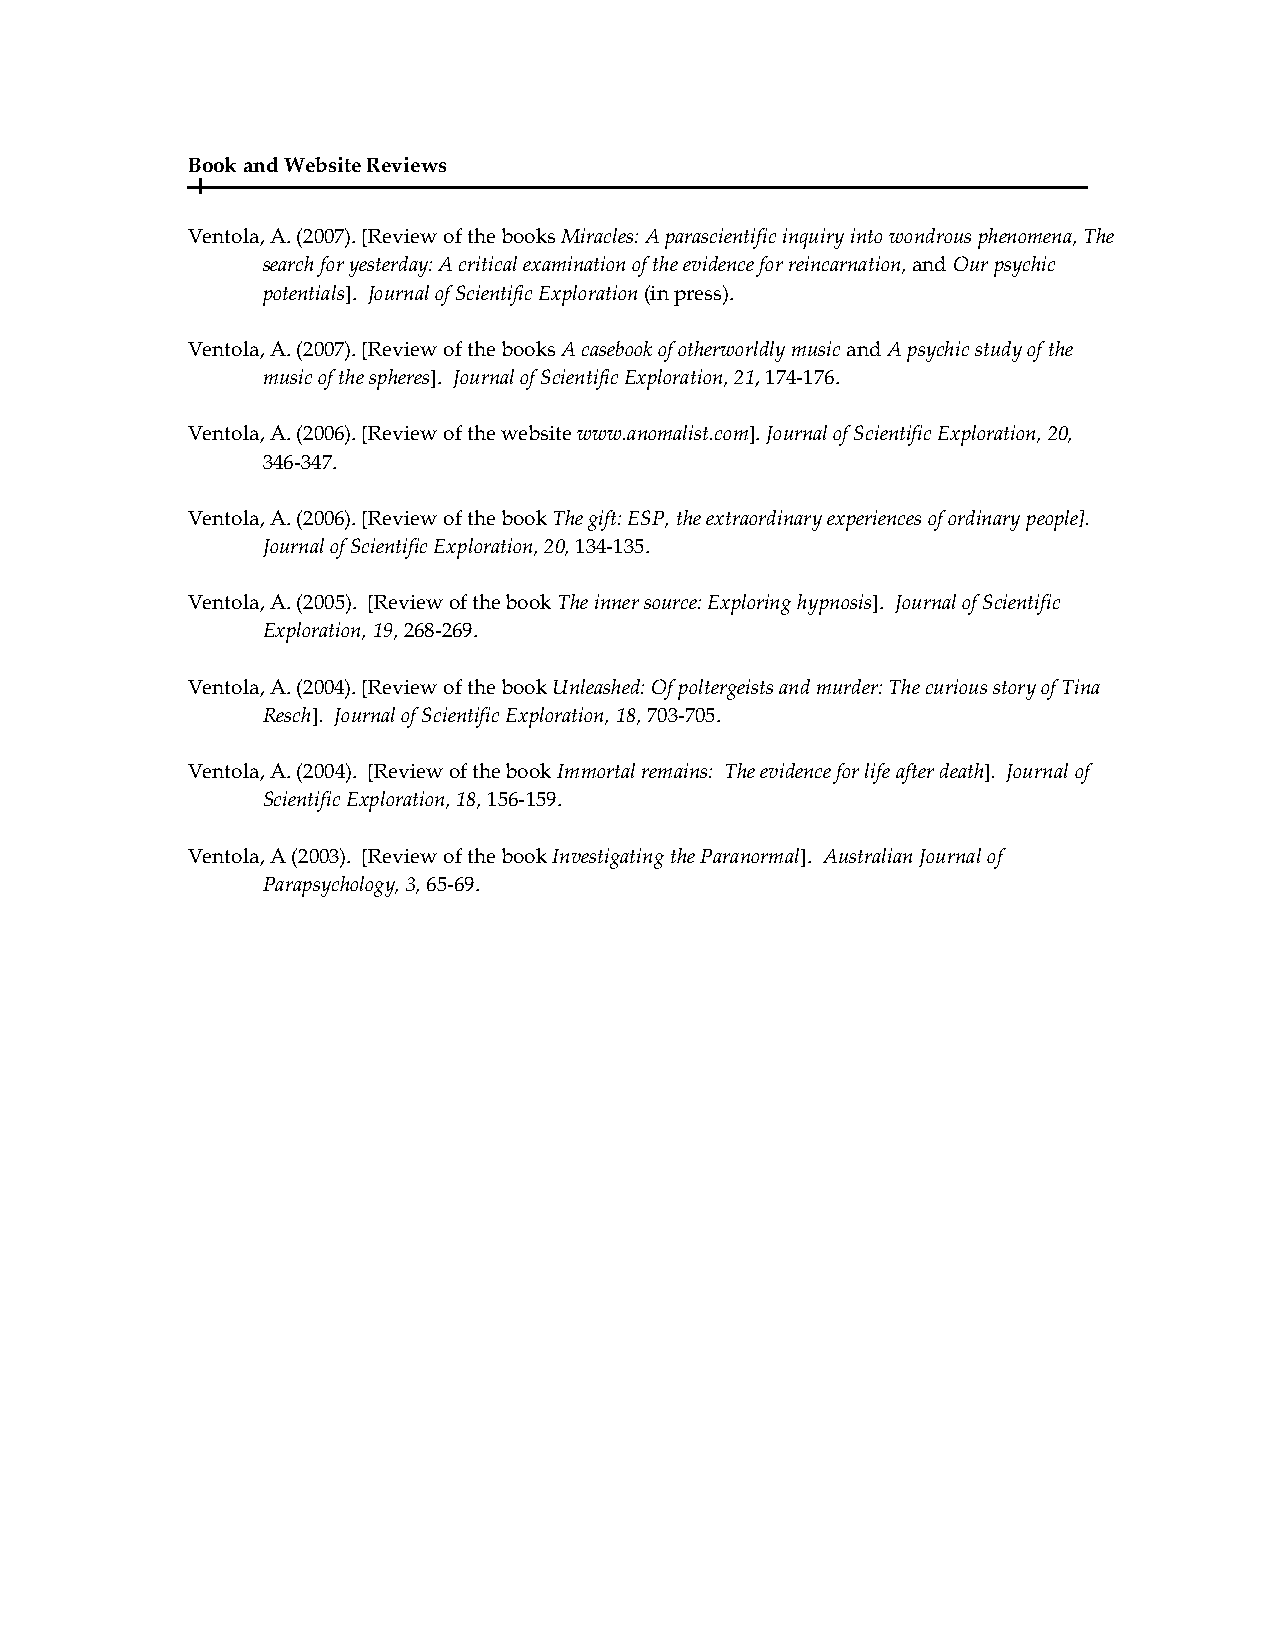
Book and Website Reviews
 Ventola, A. (2007). [Review of the books Miracles: A parascientific inquiry into wondrous phenomena, The
 search for yesterday: A critical examination of the evidence for reincarnation, and Our psychic
 potentials]. Journal of Scientific Exploration (in press).
 Ventola, A. (2007). [Review of the books A casebook of otherworldly music and A psychic study of the
 music of the spheres]. Journal of Scientific Exploration, 21, 174-176.
 Ventola, A. (2006). [Review of the website www.anomalist.com]. Journal of Scientific Exploration, 20,
 346-347.
 Ventola, A. (2006). [Review of the book The gift: ESP, the extraordinary experiences of ordinary people].
 Journal of Scientific Exploration, 20, 134-135.
 Ventola, A. (2005). [Review of the book The inner source: Exploring hypnosis]. Journal of Scientific
 Exploration, 19, 268-269.
 Ventola, A. (2004). [Review of the book Unleashed: Of poltergeists and murder: The curious story of Tina
 Resch]. Journal of Scientific Exploration, 18, 703-705.
 Ventola, A. (2004). [Review of the book Immortal remains: The evidence for life after death]. Journal of
 Scientific Exploration, 18, 156-159.
 Ventola, A (2003). [Review of the book Investigating the Paranormal]. Australian Journal of
 Parapsychology, 3, 65-69.